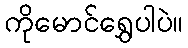
ကိုမောင်ရွှေပါပဲ။